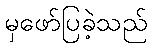
မှဖော်ပြခဲ့သည်